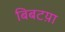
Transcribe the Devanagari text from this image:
बिबटय़ा